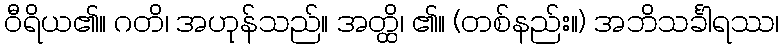
ဝီရိယ၏။ ဂတိ၊ အဟုန်သည်။ အတ္ထိ၊ ၏။ (တစ်နည်း။) အဘိသင်္ခါရဿ၊